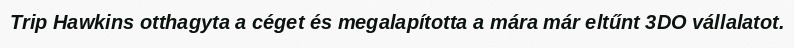
Trip Hawkins otthagyta a céget és megalapította a mára már eltűnt 3DO vállalatot.